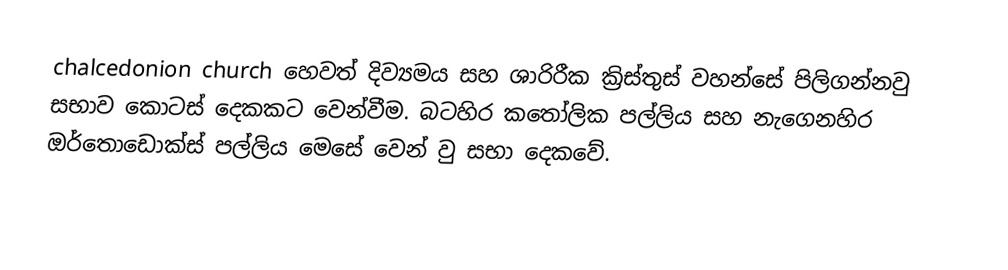
chalcedonion church හෙවත් දිව්‍යමය සහ ශාරිරීක ක්‍රිස්තුස් වහන්සේ පිලිගන්නවු සභාව කොටස් දෙකකට වෙන්වීම. බටහිර කතෝලික පල්ලිය සහ නැගෙනහිර ඔර්තොඩොක්ස් පල්ලිය මෙසේ වෙන් වු සභා දෙකවේ.